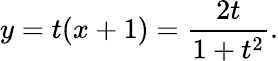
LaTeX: y=t(x+1)={\frac{2t}{1+t^{2}}}.